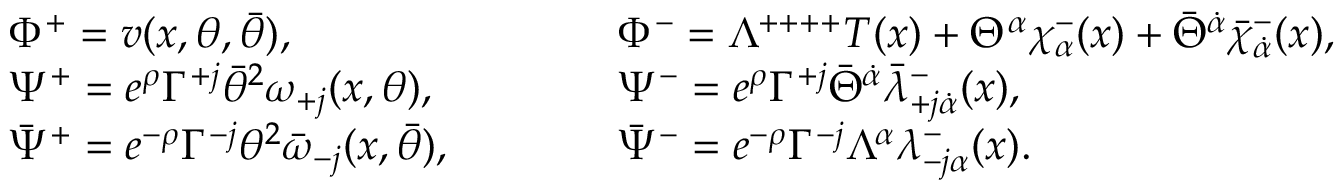
\begin{array} { l c c c l } { { \Phi ^ { + } = v ( x , \theta , \bar { \theta } ) , } } & { { } } & { { } } & { { } } & { { \Phi ^ { - } = \Lambda ^ { + + + + } T ( x ) + \Theta ^ { \alpha } \chi _ { \alpha } ^ { - } ( x ) + \bar { \Theta } ^ { \dot { \alpha } } \bar { \chi } _ { \dot { \alpha } } ^ { - } ( x ) , \nonumber } } \\ { { \Psi ^ { + } = e ^ { \rho } \Gamma ^ { + j } \bar { \theta } ^ { 2 } \omega _ { + j } ( x , \theta ) , } } & { { } } & { { } } & { { } } & { { \Psi ^ { - } = e ^ { \rho } \Gamma ^ { + j } \bar { \Theta } ^ { \dot { \alpha } } \bar { \lambda } _ { + j \dot { \alpha } } ^ { - } ( x ) , \nonumber } } \\ { { \bar { \Psi } ^ { + } = e ^ { - \rho } \Gamma ^ { - j } \theta ^ { 2 } \bar { \omega } _ { - j } ( x , \bar { \theta } ) , } } & { { } } & { { } } & { { } } & { { \bar { \Psi } ^ { - } = e ^ { - \rho } \Gamma ^ { - j } \Lambda ^ { \alpha } \lambda _ { - j \alpha } ^ { - } ( x ) . } } \end{array}